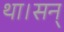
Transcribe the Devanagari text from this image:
था।सन्